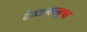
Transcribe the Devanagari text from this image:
देव्यमानुषा